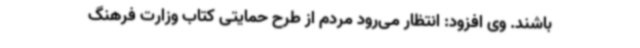
باشند. وی افزود: انتظار می‌رود مردم از طرح حمایتی کتاب وزارت فرهنگ